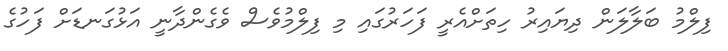
ފިލްމު ބަލާލަން ދިޔައިރު ހިތަށްއެރީ ފަހަރުގައި މި ފިލްމުވެސް ވެގެންދާނީ އަޅުގަނޑަށް ފަހުގެ